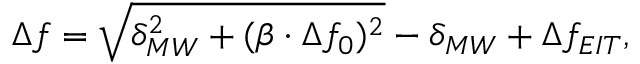
\Delta f = \sqrt { \delta _ { M W } ^ { 2 } + ( \beta \cdot \Delta f _ { 0 } ) ^ { 2 } } - \delta _ { M W } + \Delta f _ { E I T } ,